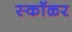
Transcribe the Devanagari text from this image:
स्कॉळर